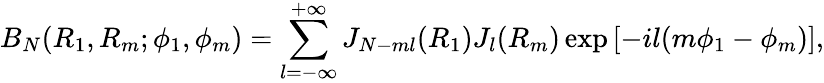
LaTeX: B_{N}(R_{1},R_{m};\phi_{1},\phi_{m})=\sum_{l=-\infty}^{+\infty}J_{N-ml}(R_{1})J_{l}(R_{m})\exp{[-il(m\phi_{1}-\phi_{m})]},